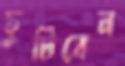
ছুটিবেন